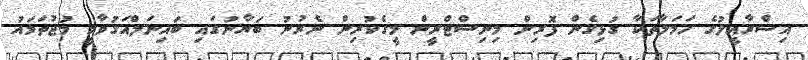
އިސްރާއީލުގެ ހަމަލާތަކާ ގުޅިގެން ފޮރިން މިނިސްޓްރީން މީގެކުރިން ނެރުނު ބަޔާނުގައި ބައިނަލްއަގުވާމީ މުޖުތަމައު